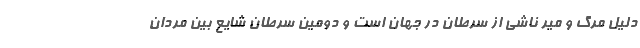
دلیل مرگ و میر ناشی از سرطان در جهان است و دومین سرطان شایع بین مردان